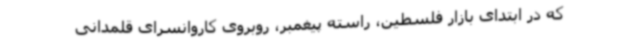
که در ابتدای بازار فلسطین، راسته پیغمبر، روبروی کاروانسرای قلمدانی